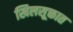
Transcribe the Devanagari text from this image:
खिलसूक्तात